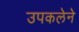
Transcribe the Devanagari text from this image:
उपकलेने